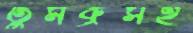
তুমব্রুসহ